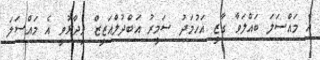
އެ މައްސަލަ ބައްލަވާ ގާޒީ އަހުމަދު ސަމީރު އަބްދުލްއަޒީޒް ވިދާޅުވީ އެ މައްސަލަ